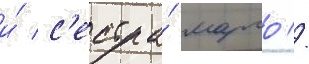
и́ с'естра́ марго //